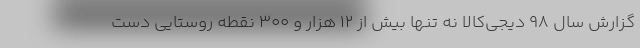
گزارش سال ۹۸ دیجی‌کالا نه تنها بیش از ۱۲ هزار و ۳۰۰ نقطه روستایی دست